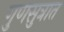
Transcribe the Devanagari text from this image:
गुणसुत्रात